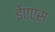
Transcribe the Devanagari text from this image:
ईएएस